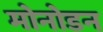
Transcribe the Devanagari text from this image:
मोनोडन